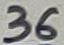
Text: 36